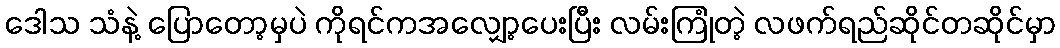
ဒေါသ သံနဲ့ ပြောတော့မှပဲ ကိုရင်ကအလျှော့ပေးပြီး လမ်းကြုံတဲ့ လဖက်ရည်ဆိုင်တဆိုင်မှာ